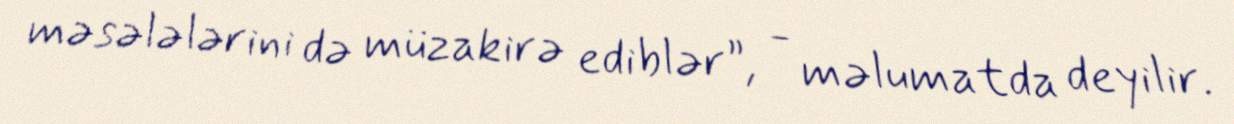
məsələlərini də müzakirə ediblər”, - məlumatda deyilir.